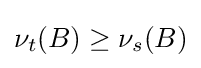
\nu _{t}(B)\geq \nu _{s}(B)